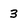
Character: 3